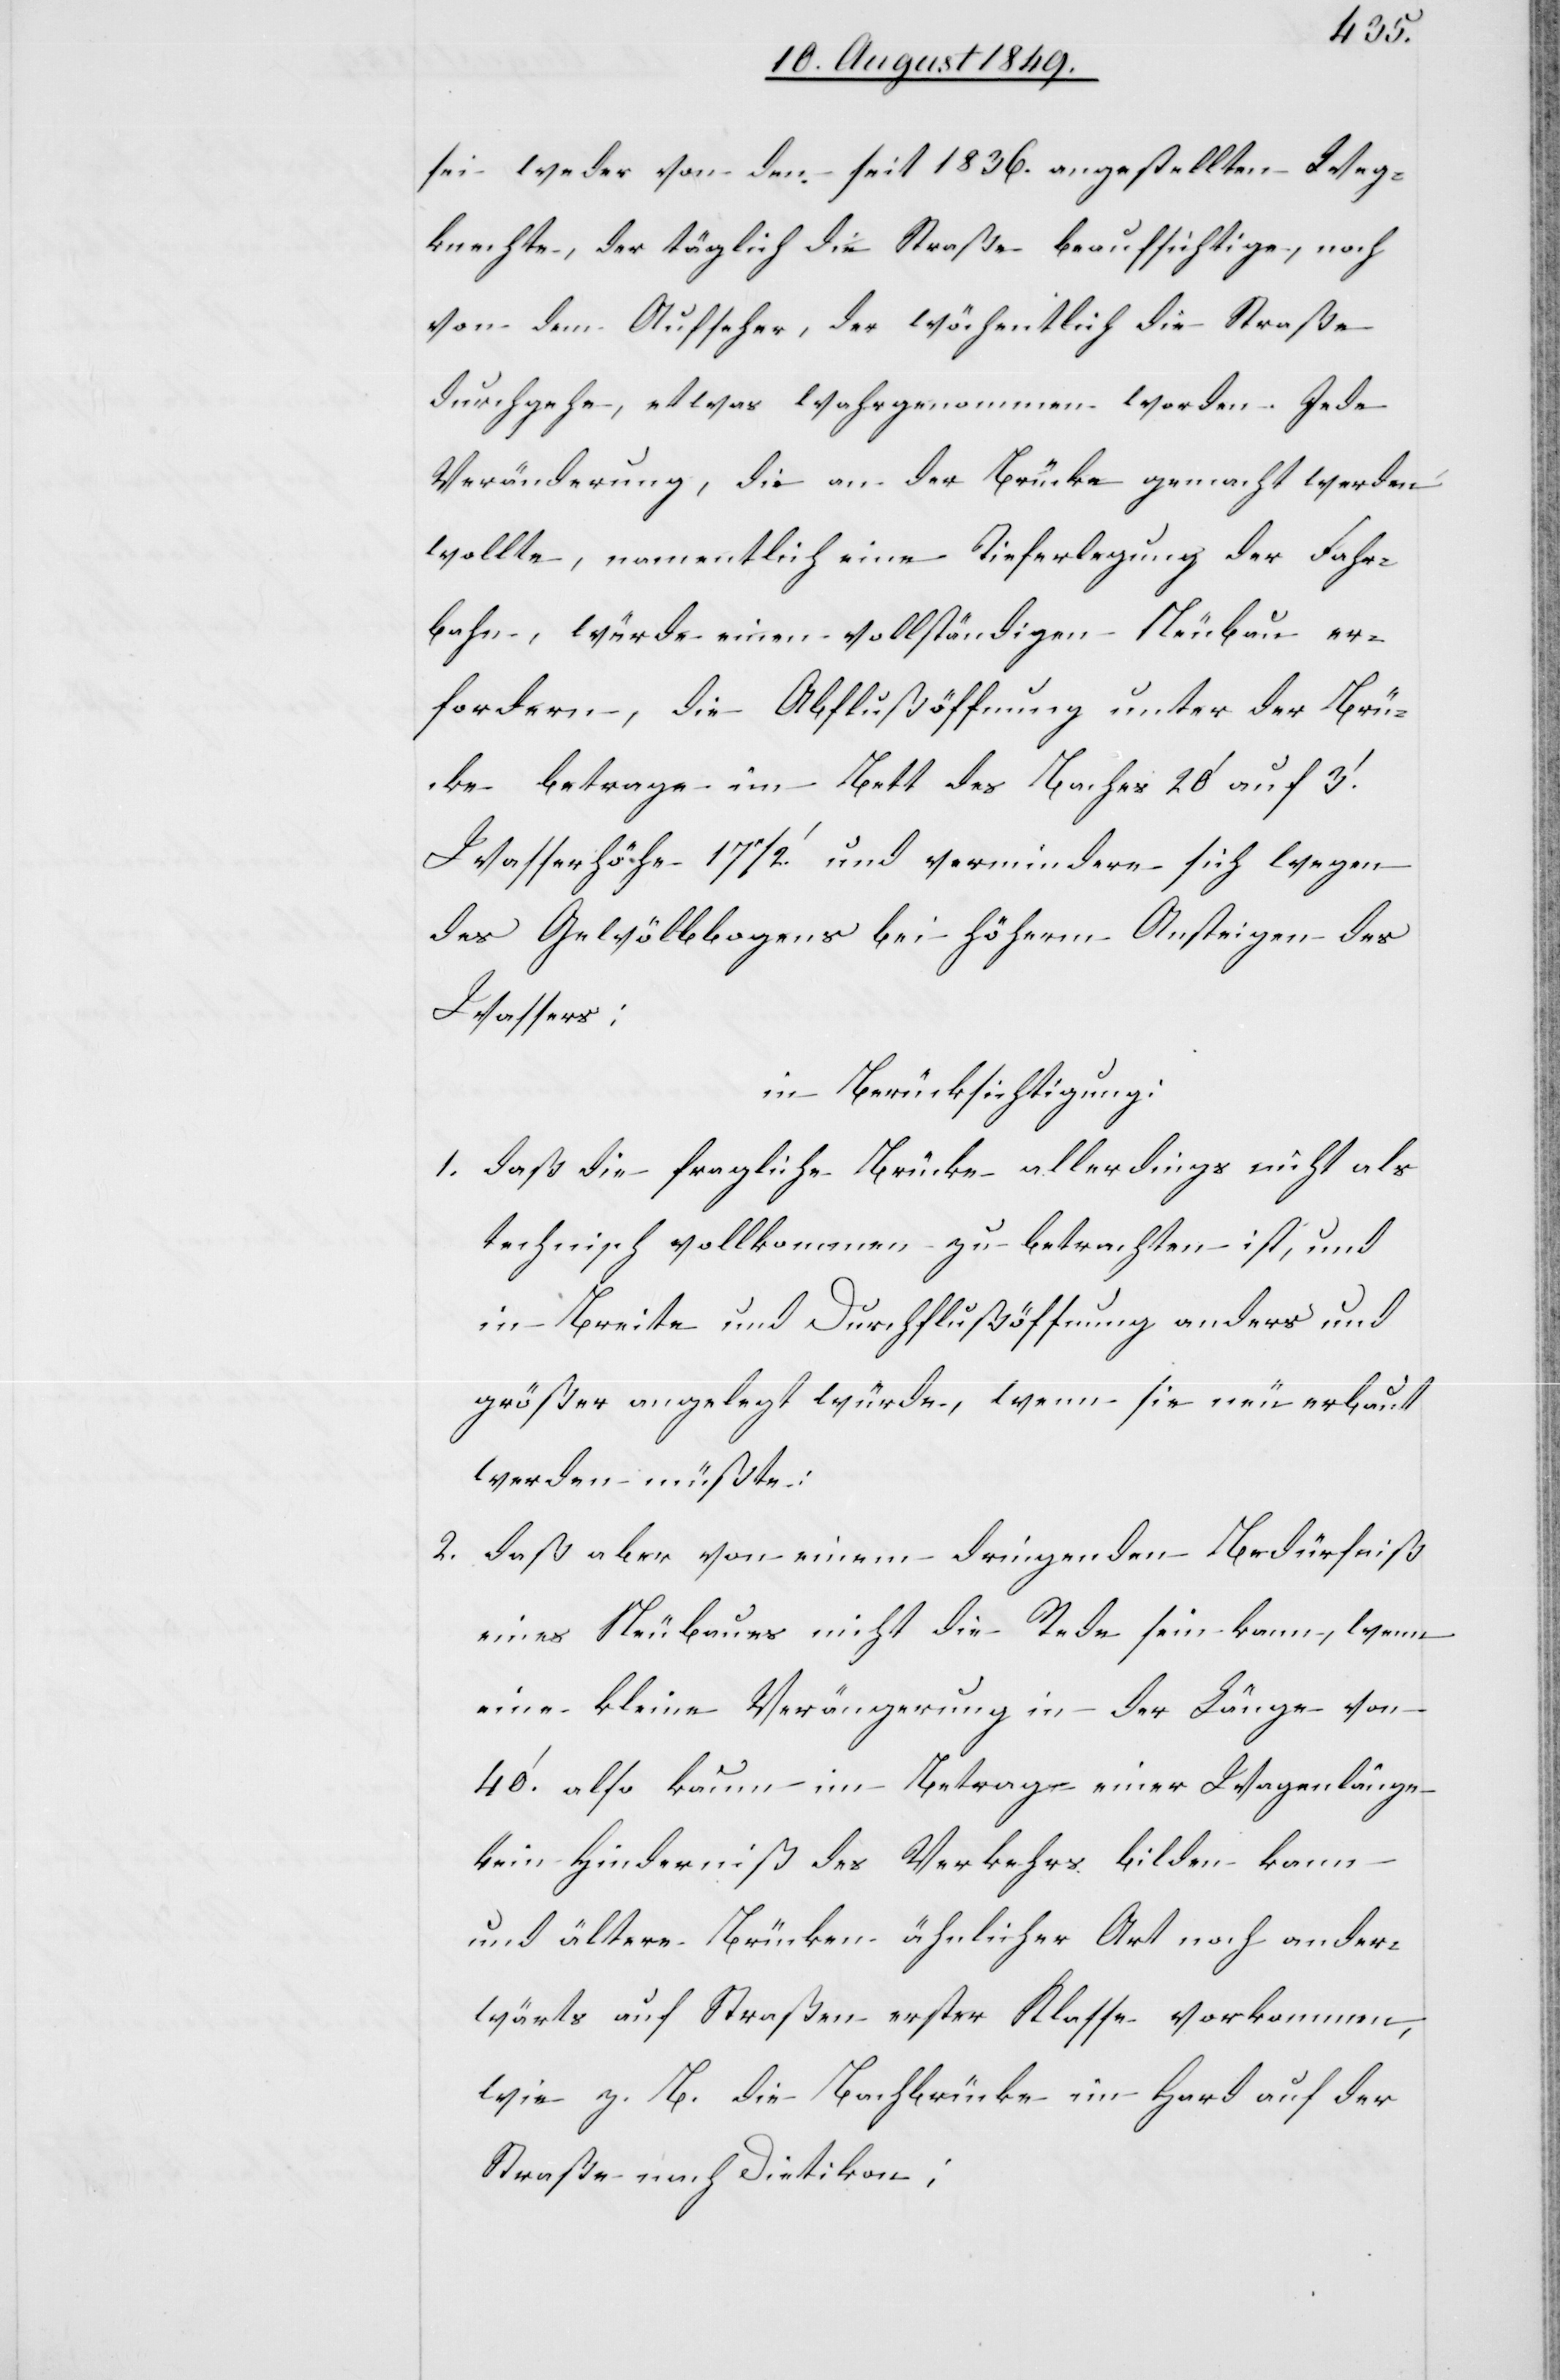
sei weder von dem seit 1836. angestellten Weg¬
knechte, der täglich die Straße beaufsichtige, noch
von dem Aufseher, der wöchentlich die Straße
durchgehe, etwas wahrgenommen worden. Jede
Veränderung, die an der Brücke gemacht werden
wollte, namentlich eine Tieferlegung der Fahr¬
bahn, würde einen vollständigen Neubau er¬
fordern, die Abflußöffnung unter der Brü¬
cke betrage im Bett des Baches 20‘ auf 3‘.
Wasserhöche 171/2‘. und vermindere sich wegen
des Gewölbebogens bei höherm Ansteigen des
Wassers:
in Berücksichtigung:
1. daß die fragliche Brücke allerdings nicht als
technisch vollkommen zu betrachten ist, und
in Breite und Durchschlußöffnung anders und
größer angelegt würde, wenn sie neu erbaut
werden müßte:
2. daß aber von einem dringenden Bedürfniß
eines Neubaues nicht die Rede sein kann, wenn
eine kleine Verängerung [sic!] in der Länge von
40‘. also kaum im Betrage einer wagenlänge
kein Hinderniß des Verkehrs bilden kann
und ältere Brücken ähnlicher Art noch ander¬
wärts auf Straßen erster Klasse vorkommen,
wie z. B. die Bachbrücke im Hard auf der
Straße nach Dietikon;